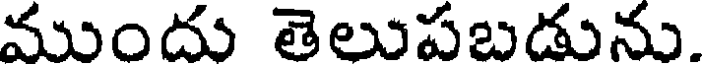
ముందు తెలుపబడును.